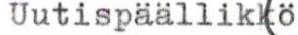
Uutispäällikkö